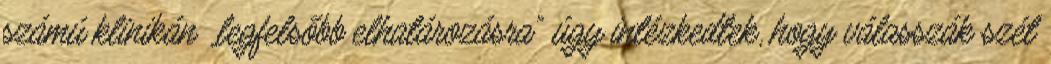
számú klinikán „legfelsőbb elhatározásra” úgy intézkedtek, hogy válasszák szét